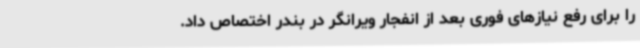
را برای رفع نیازهای فوری بعد از انفجار ویرانگر در بندر اختصاص داد.